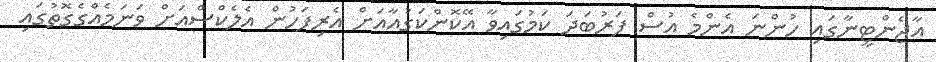
އާޖެންޓީނާގައި ހުންނަ އެންމެ އުސް ފަރުބަދަ ކަމުގައިވާ އޭކޮންކަގުއާއަށް އެރިފަހުން އެލެކްސްއަށް ވަނަމެއްގެގޮތުގައި